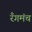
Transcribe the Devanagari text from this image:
रँगमंच